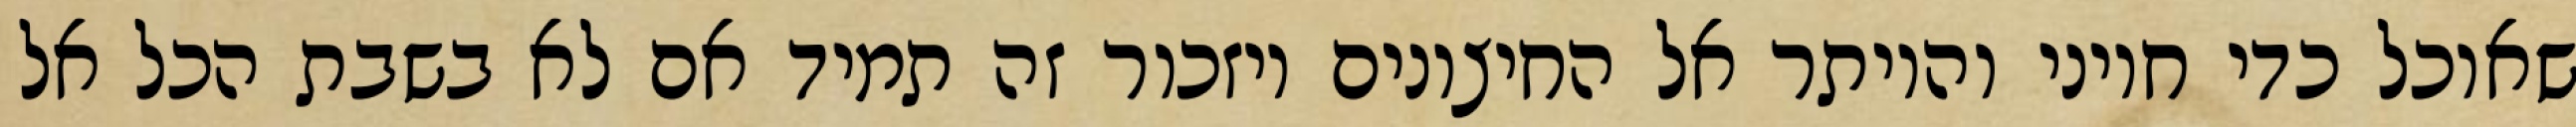
שאוכל כדי חיוני והיותר אל החיצונים ויזכור זה תמיד אם לא בשבת הכל אל